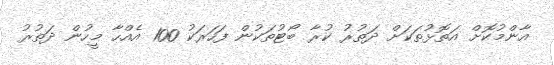
އާންމުކޮށް އަތޮޅުތަކަށް ދަތުރު ކުރާ ބޯޓުތަކުން ފަހަރަކު 100 އެއްހާ މީހުން ދަތުރު